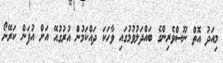
މިއަދު އޮތް ނޫސްވެރިންގެ ބައްދަލުވުމުގައި ވާހަކަ ދައްކަމުން އުރުގުއޭ އަށް އުފަން ކަރޭނޯ